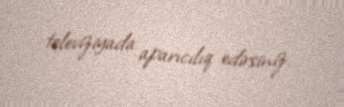
televiziyada aparıcılıq edirsiniz.